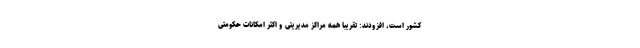
کشور است، افزودند: تقریباً همه مراکز مدیریتی و اکثر امکانات حکومتی